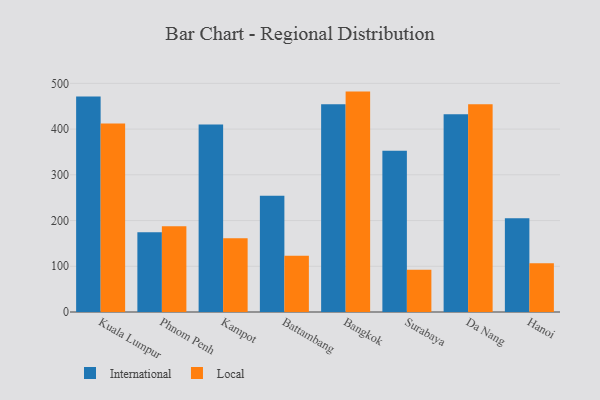
{"axis": {"x": "City", "y": "Backlog"}, "legend": ["International", "Local"], "data": [{"x": "Kuala Lumpur", "y": 471.1, "type": "International"}, {"x": "Kuala Lumpur", "y": 412.2, "type": "Local"}, {"x": "Phnom Penh", "y": 174.2, "type": "International"}, {"x": "Phnom Penh", "y": 187.7, "type": "Local"}, {"x": "Kampot", "y": 410.0, "type": "International"}, {"x": "Kampot", "y": 161.3, "type": "Local"}, {"x": "Battambang", "y": 254.5, "type": "International"}, {"x": "Battambang", "y": 123.1, "type": "Local"}, {"x": "Bangkok", "y": 454.1, "type": "International"}, {"x": "Bangkok", "y": 482.0, "type": "Local"}, {"x": "Surabaya", "y": 352.4, "type": "International"}, {"x": "Surabaya", "y": 92.6, "type": "Local"}, {"x": "Da Nang", "y": 432.7, "type": "International"}, {"x": "Da Nang", "y": 454.5, "type": "Local"}, {"x": "Hanoi", "y": 204.8, "type": "International"}, {"x": "Hanoi", "y": 106.4, "type": "Local"}]}